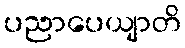
ပညာပေယျာတိ